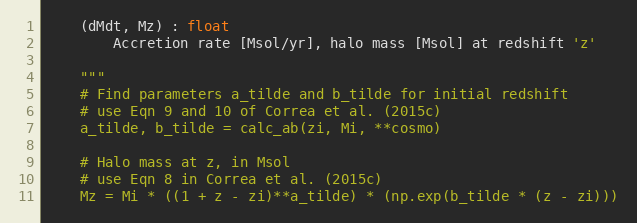
Language: Python
    (dMdt, Mz) : float
        Accretion rate [Msol/yr], halo mass [Msol] at redshift 'z'

    """
    # Find parameters a_tilde and b_tilde for initial redshift
    # use Eqn 9 and 10 of Correa et al. (2015c)
    a_tilde, b_tilde = calc_ab(zi, Mi, **cosmo)

    # Halo mass at z, in Msol
    # use Eqn 8 in Correa et al. (2015c)
    Mz = Mi * ((1 + z - zi)**a_tilde) * (np.exp(b_tilde * (z - zi)))